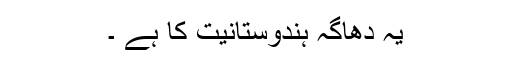
یہ دھاگہ ہندوستانیت کا ہے ۔